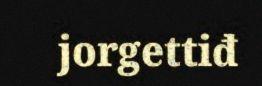
jorgettiđ